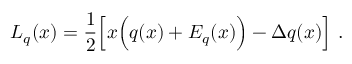
L _ { q } ( x ) = { \frac { 1 } { 2 } } \Big [ x \Big ( q ( x ) + E _ { q } ( x ) \Big ) - \Delta q ( x ) \Big ] \ .